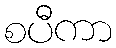
စပီကာ